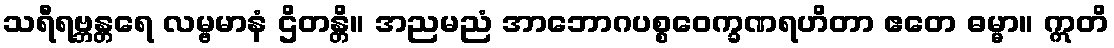
သရီရဗ္ဘန္တရေ လမ္ဗမာနံ ဌိတန္တိ။ အညမညံ အာဘောဂပစ္စဝေက္ခဏရဟိတာ ဧတေ ဓမ္မာ။ ဣတိ